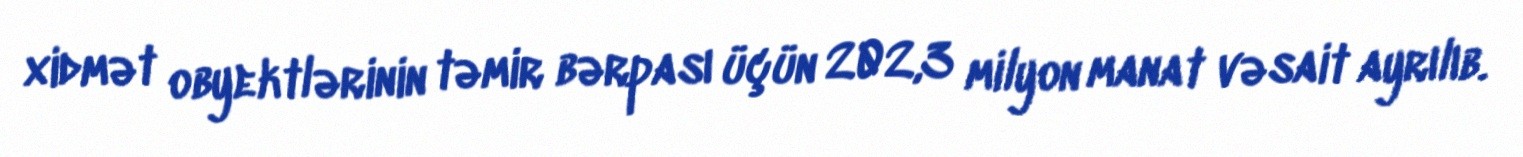
xidmət obyektlərinin təmir bərpası üçün 202,3 milyon manat vəsait ayrılıb.